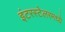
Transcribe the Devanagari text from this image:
इंटरस्टेलरमध्ये